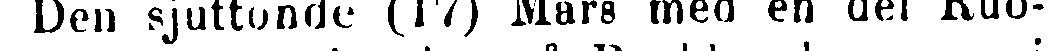
Den sjuttonde (17) Mars med en del Ruo-